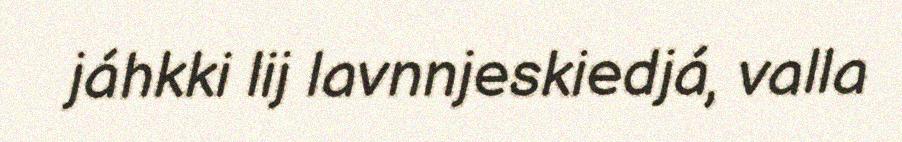
jáhkki lij lavnnjeskiedjá, valla